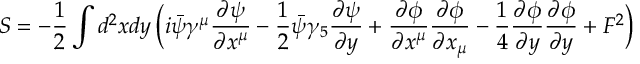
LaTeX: S = - \frac { 1 } { 2 } \int d ^ { 2 } x d y \, \Bigl ( i \bar { \psi } \gamma ^ { \mu } \frac { \partial \psi } { \partial x ^ { \mu } } - \frac { 1 } { 2 } \bar { \psi } \gamma _ { 5 } \frac { \partial \psi } { \partial y } + \frac { \partial \phi } { \partial x ^ { \mu } } \frac { \partial \phi } { \partial x _ { \mu } } - \frac { 1 } { 4 } \frac { \partial \phi } { \partial y } \frac { \partial \phi } { \partial y } + F ^ { 2 } \Bigr )